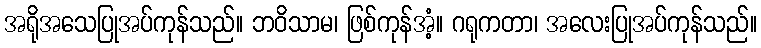
အရိုအသေပြုအပ်ကုန်သည်။ ဘဝိသာမ၊ ဖြစ်ကုန်အံ့။ ဂရုကတာ၊ အလေးပြုအပ်ကုန်သည်။